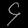
Digit: ၄